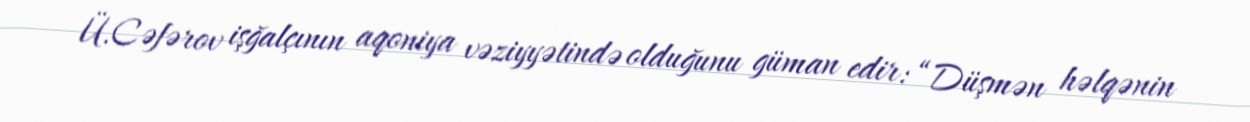
Ü.Cəfərov işğalçının aqoniya vəziyyətində olduğunu güman edir: “Düşmən həlqənin